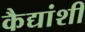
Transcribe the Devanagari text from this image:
कैद्यांशी